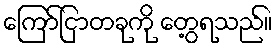
ကြော်ငြာတခုကို တွေ့ရသည်။